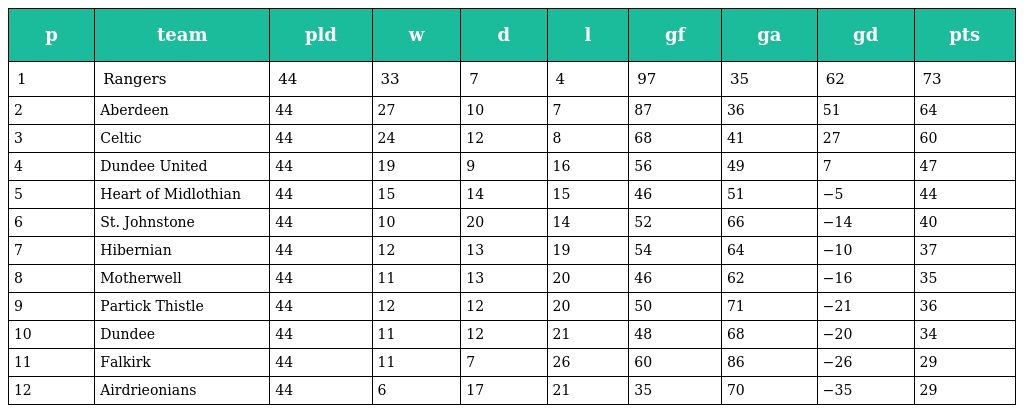
| p | team | pld | w | d | l | gf | ga | gd | pts |
 | --- | --- | --- | --- | --- | --- | --- | --- | --- | --- |
 | 1 | Rangers | 44 | 33 | 7 | 4 | 97 | 35 | 62 | 73 |
 | 2 | Aberdeen | 44 | 27 | 10 | 7 | 87 | 36 | 51 | 64 |
 | 3 | Celtic | 44 | 24 | 12 | 8 | 68 | 41 | 27 | 60 |
 | 4 | Dundee United | 44 | 19 | 9 | 16 | 56 | 49 | 7 | 47 |
 | 5 | Heart of Midlothian | 44 | 15 | 14 | 15 | 46 | 51 | −5 | 44 |
 | 6 | St. Johnstone | 44 | 10 | 20 | 14 | 52 | 66 | −14 | 40 |
 | 7 | Hibernian | 44 | 12 | 13 | 19 | 54 | 64 | −10 | 37 |
 | 8 | Motherwell | 44 | 11 | 13 | 20 | 46 | 62 | −16 | 35 |
 | 9 | Partick Thistle | 44 | 12 | 12 | 20 | 50 | 71 | −21 | 36 |
 | 10 | Dundee | 44 | 11 | 12 | 21 | 48 | 68 | −20 | 34 |
 | 11 | Falkirk | 44 | 11 | 7 | 26 | 60 | 86 | −26 | 29 |
 | 12 | Airdrieonians | 44 | 6 | 17 | 21 | 35 | 70 | −35 | 29 |